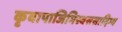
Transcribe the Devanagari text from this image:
कृवापाजिमिस्वससादिभ्य